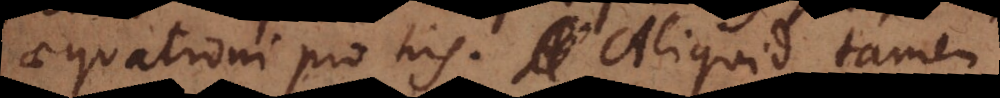
aequationi pro his. Aliquid tamen